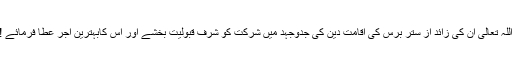
اللہ تعالی ان کی زائد از ستر برس کی اقامت دین کی جدوجہد میں شرکت کو شرف قبولیت بخشے اور اس کابہترین اجر عطا فرمائے !